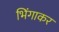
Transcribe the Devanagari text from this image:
भिंगाकर